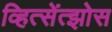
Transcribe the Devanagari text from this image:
व्हित्सेंत्झोस